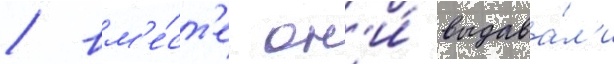
/ вм'е́ст'е он'и́ выдава́л'и